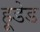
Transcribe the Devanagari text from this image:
हूडेड